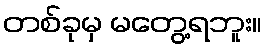
တစ်ခုမှ မတွေ့ရဘူး။